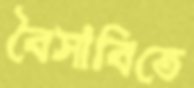
বৈসাবিতে